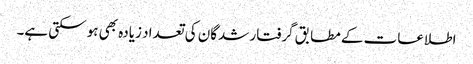
اطلاعات کے مطابق گرفتار شدگان کی تعداد زیادہ بھی ہو سکتی ہے۔